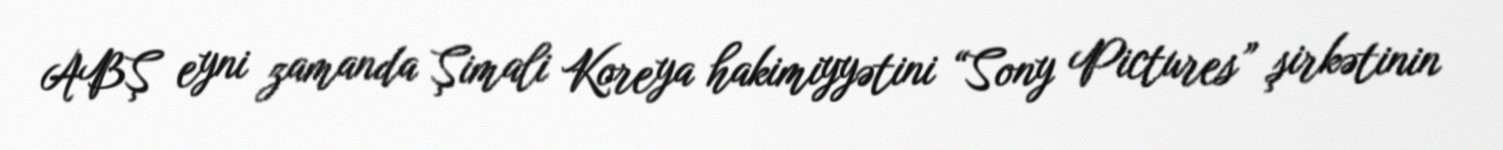
ABŞ eyni zamanda Şimali Koreya hakimiyyətini “Sony Pictures” şirkətinin